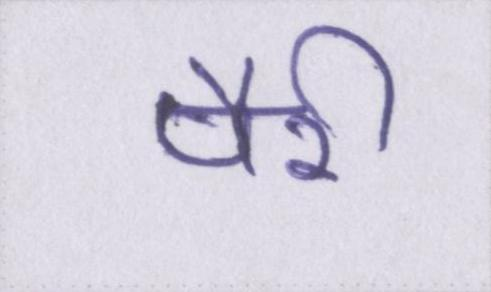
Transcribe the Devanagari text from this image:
पैरी